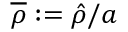
\overline { { \rho } } : = \hat { \rho } / a